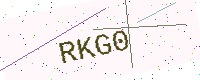
Text: RKG0